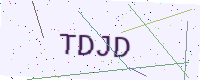
Text: TDJD